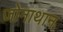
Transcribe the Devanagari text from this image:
जोनाथान